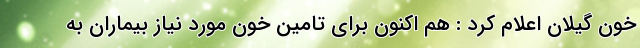
خون گیلان اعلام کرد : هم اکنون برای تامین خون مورد نیاز بیماران به